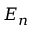
E _ { n }